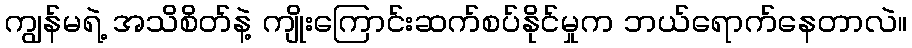
ကျွန်မရဲ့ အသိစိတ်နဲ့ ကျိုးကြောင်းဆက်စပ်နိုင်မှုက ဘယ်ရောက်နေတာလဲ။